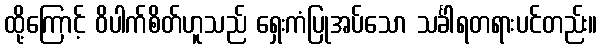
ထို့ကြောင့် ဝိပါက်စိတ်ဟူသည် ရှေးကံပြုအပ်သော သင်္ခါရတရားပင်တည်း။